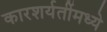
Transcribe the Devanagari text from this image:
कारशर्यतींमध्ये